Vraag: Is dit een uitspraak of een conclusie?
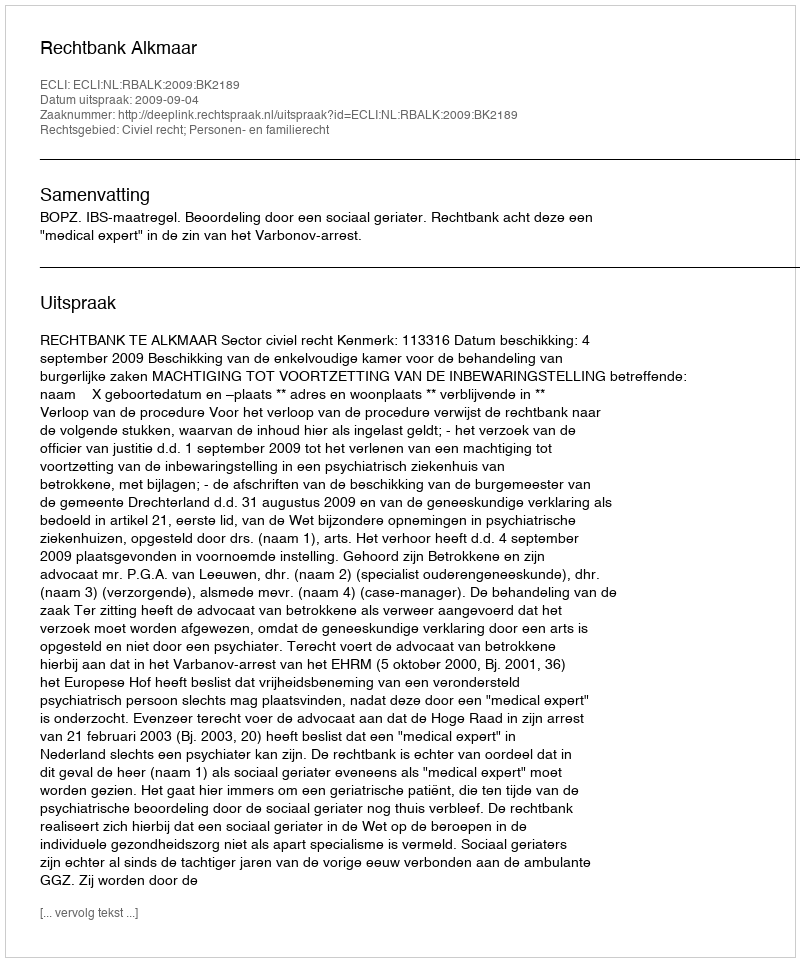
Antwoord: Uitspraak